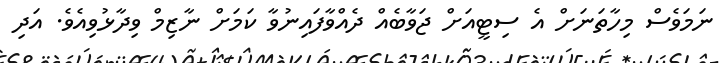
ނަމަވެސް މިހާތަނަށް އެ ސިޓީއަށް ޖަވާބެއް ދެއްވާފައިނުވާ ކަމަށް ނާޒިމް ވިދާޅުވިއެވެ. އަދި